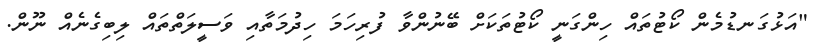
"އަޅުގަނޑުމެން ކޯޓުތައް ހިންގަނީ ކޯޓުތަކަށް ބޭނުންވާ ފުރިހަމަ ހިދުމަތާއި ވަސީލަތްތައް ލިބިގެނެއް ނޫން.